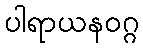
ပါရာယနဝဂ္ဂ